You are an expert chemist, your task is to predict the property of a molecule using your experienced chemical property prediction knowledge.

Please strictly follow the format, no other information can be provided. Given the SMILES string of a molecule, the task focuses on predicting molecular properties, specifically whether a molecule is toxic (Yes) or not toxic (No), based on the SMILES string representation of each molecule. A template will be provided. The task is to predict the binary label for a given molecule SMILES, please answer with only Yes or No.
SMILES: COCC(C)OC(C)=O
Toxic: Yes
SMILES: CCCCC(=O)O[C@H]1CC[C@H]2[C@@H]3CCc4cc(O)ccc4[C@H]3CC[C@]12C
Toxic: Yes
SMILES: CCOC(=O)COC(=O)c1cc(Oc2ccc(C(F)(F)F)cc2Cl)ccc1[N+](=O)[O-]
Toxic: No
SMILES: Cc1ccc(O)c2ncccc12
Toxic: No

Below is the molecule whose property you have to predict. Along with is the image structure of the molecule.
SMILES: CN(C)C(=O)Oc1ccc[n+](C)c1
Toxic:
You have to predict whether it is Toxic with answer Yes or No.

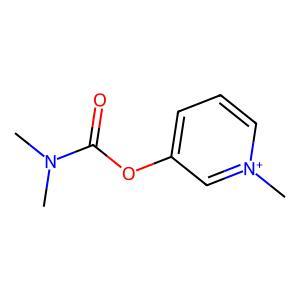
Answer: Yes